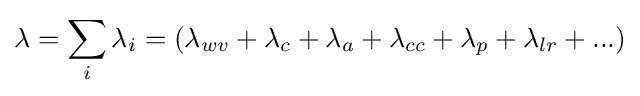
\lambda =\sum _{i}\lambda _{i}=(\lambda _{wv}+\lambda _{c}+\lambda _{a}+\lambda _{cc}+\lambda _{p}+\lambda _{lr}+...)